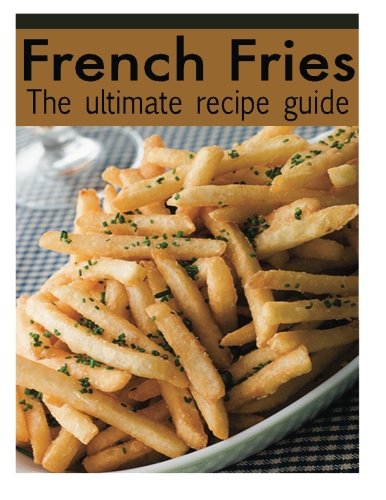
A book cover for French Fries :The Ultimate Recipe Guide - Over 30 Delicious & Best Selling Recipes; Jacob Palmar; Cookbooks, Food & Wine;